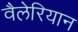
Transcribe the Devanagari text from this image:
वैलेरियान